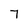
Character: 7